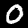
Digit: 0